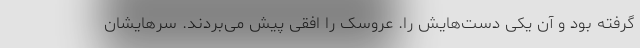
گرفته بود و آن یکی دست‌هایش را. عروسک را افقی پیش می‌بردند. سرهایشان